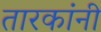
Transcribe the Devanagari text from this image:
तारकांनी